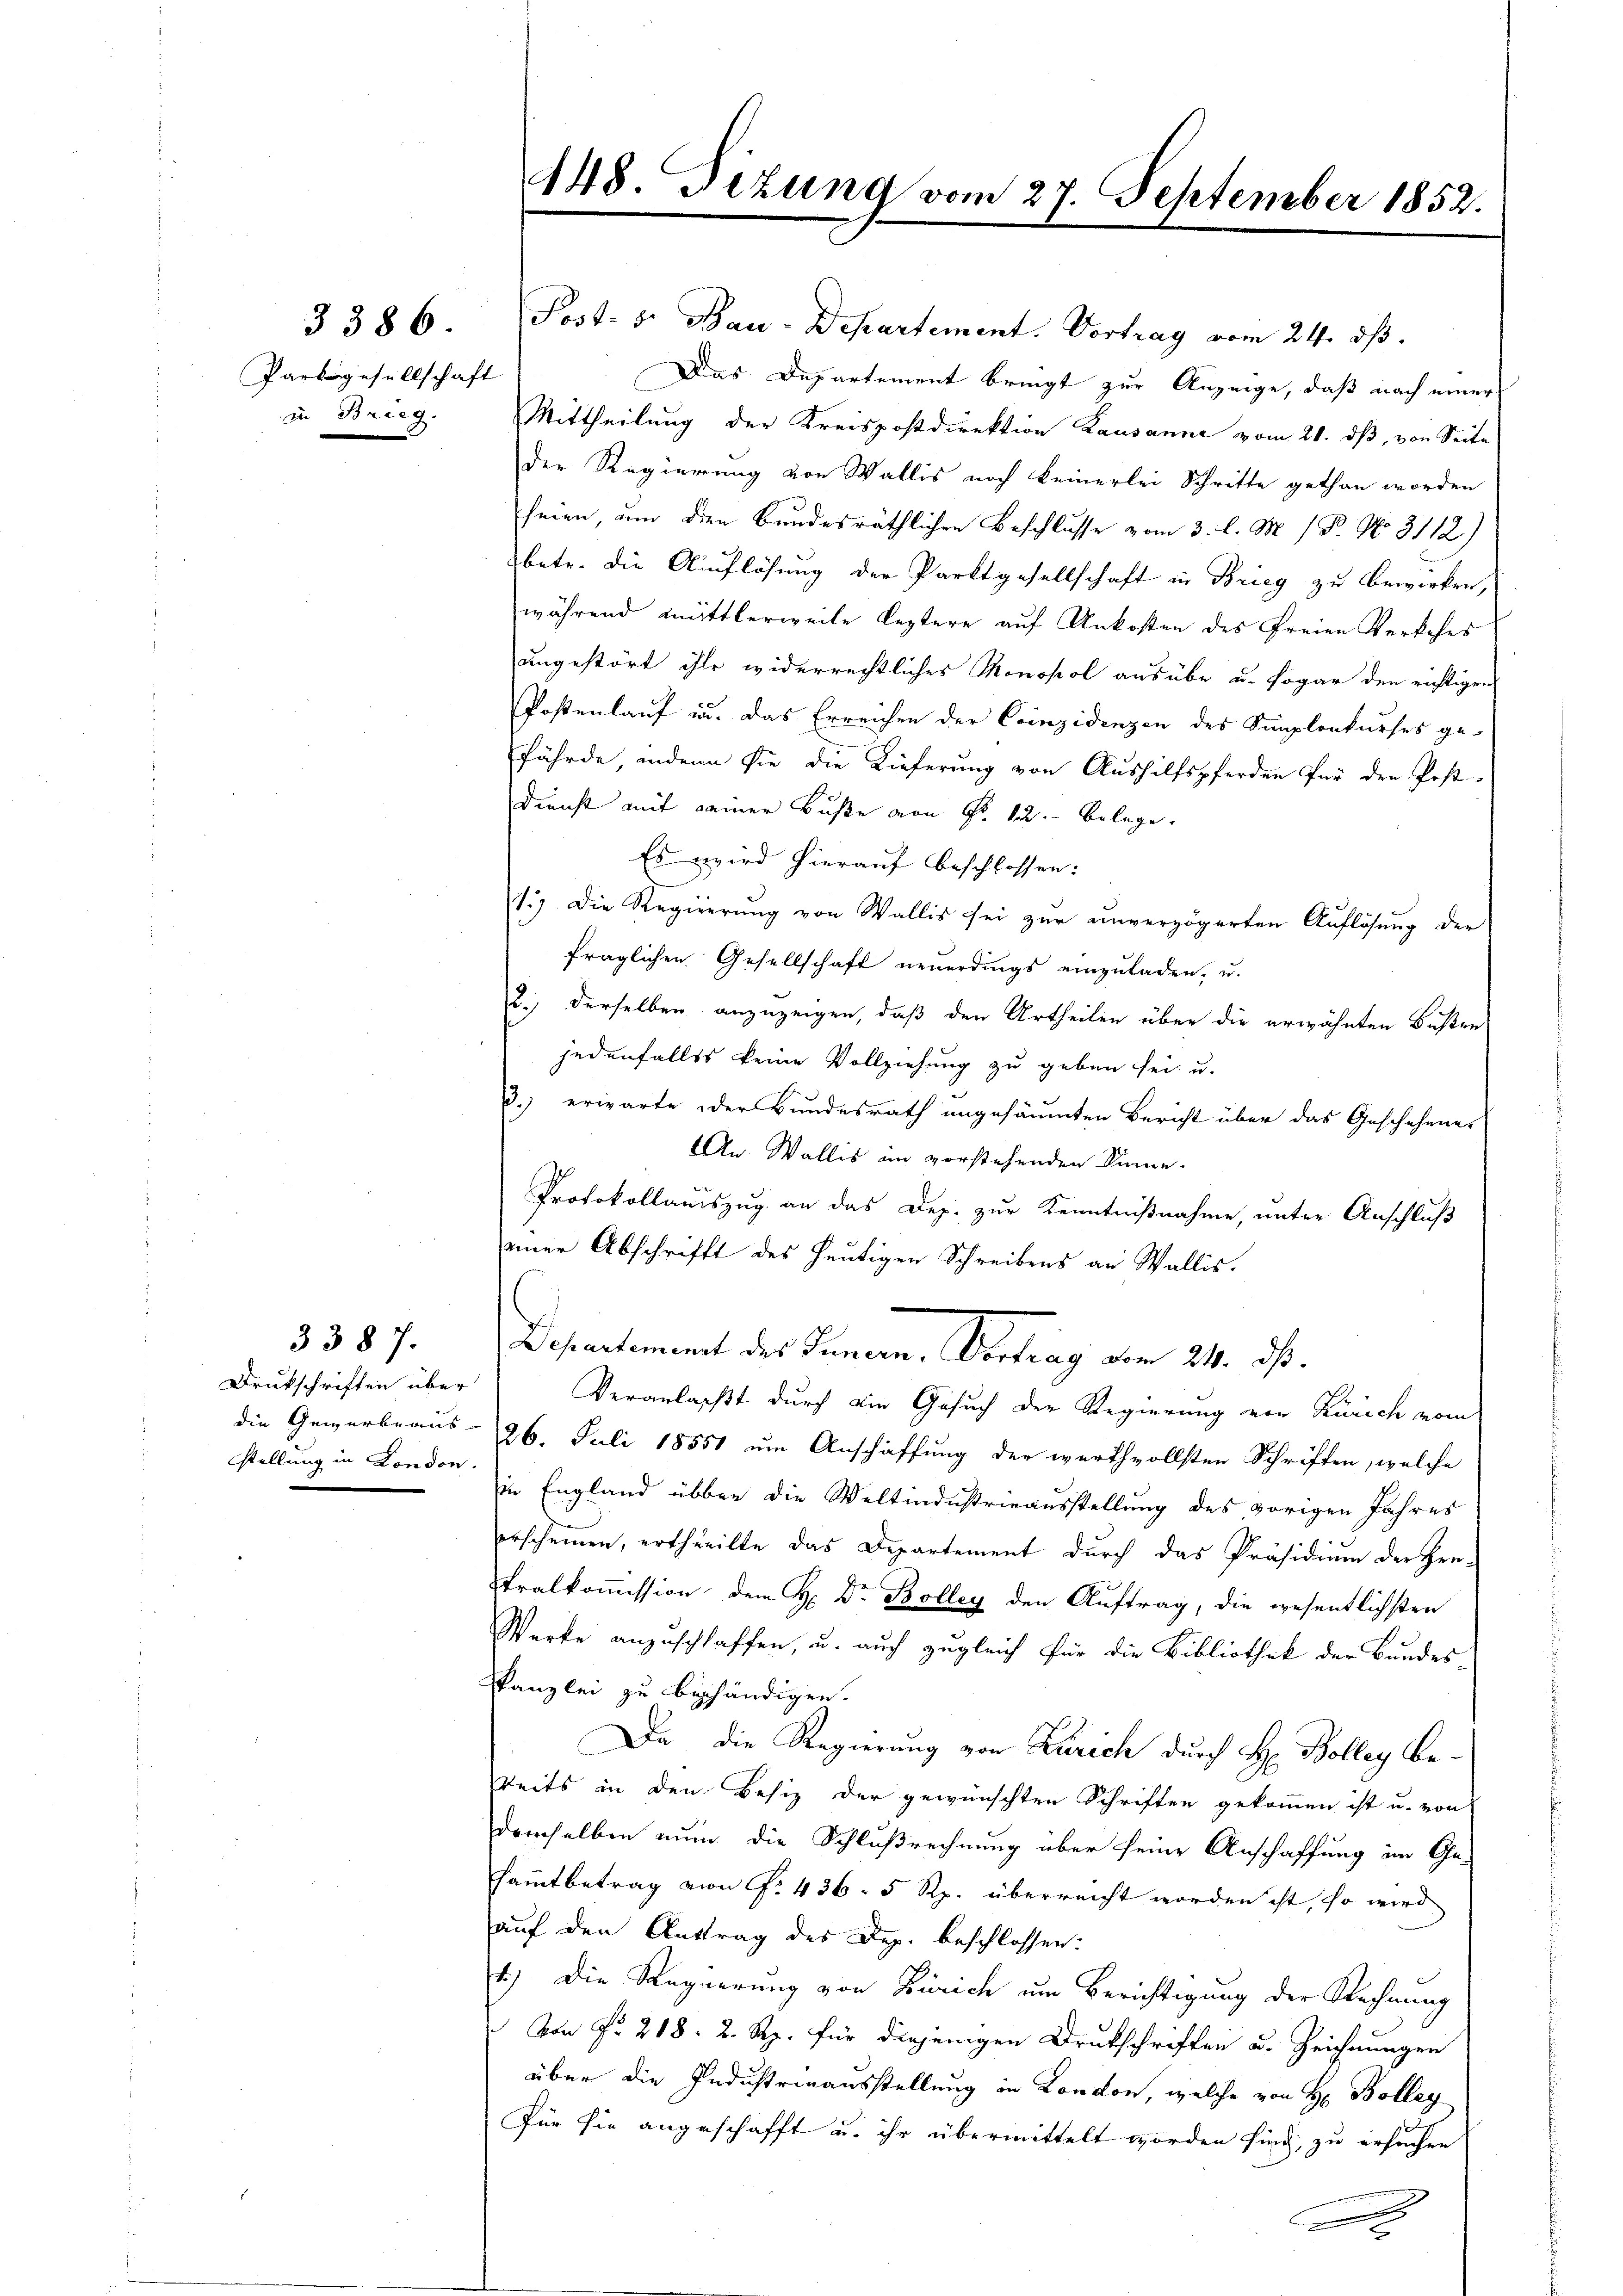
3386.
Partgesellschaft
in Brieg.

3387.
Drukschriften über
stellung in London

448. Sizung vom 27. September 1852.

Post- & Bau-Departement. Vortrag vom 24. dβ.
Das Departement bringt zur Anzeige, daß nach einer
Mittheilung der Kreispostdirektion Lausanne vom 21. ds, von Seite
der Regierung von Wallis noch keinerlei Schritte gethan worden
seien, um den Bundesräthlichen Beschlusse vom 3. l. M. P. No. 3112)
betr. die Auflösung der Parktgesellschaft in Brieg zu bewirken,
während mittlerweile leztere auf Unkosten des Freien Verkehrs
ungestört ihre widerrechtliches Monopol ausübe u. sogar den richtigen
Postenlauf in. Das Erreichen der Considenzen des Simplonkurses ge-
fährde, inden sie die Lieferung von Aushilfspferden für den Post-
Dienst mit seiner Buße von Fr. 12. belege.
Es wird hierauf beschlossen:
1.) Die Regierung von Wallis sei zur unverzögerten Auflösung der
fraglichen Gesellschaft neuerdings einzuladen, u.
2.) derselben anzuzeigen, daß den Urtheilen über die erwähnten Büsten
jedenfalls keine Vollziehung zu geben sei, u.
3.) erwarte der Bundesrath angesäumten Bericht über das Geschehenes
An Wallis in vorstehenden Sinne
Protokollauszug an das Dep. zur Kenntnißnahme, unter Anschluß
einer Abschrifft des heutigen Schreibens an Wallis.
Departement des Innern, Vortrag vom 24. ds.
Veranlasst durch die Gesuch der Regierung von Zürich vom
die Gewerbeaus 26. Juli 18551 um Anschaffung der werthvollsten Schriften, welche
in England über die Weltindustrieausstellung des vorigen Jahres
erscheinen, ertheilte das Departement durch das Präsidium der Zeu-
tralkommission dem H. Dr Bolley den Auftrag, die wesentlichsten
Werke anzuschlaffen, u. auch zugleich für die Bibliothek der Bundes
Panzlei zu beschändigen.
Da die Regierung von Zürich durch H. Bolleg be-
eits in den Besiz der gewünschten Schriften gekommen ist u. von
demselben nun die Schlußrechnung über seine Anschaffung im Ge-
samtbetrag von f. 436. 5 Rp. überreicht worden ist, so wird
auf den Antrag des Dez. beschlossen:
1.) Die Regierung von Zürich um Berichtigung der Rechnung
 von Fr. 218, 2. Rp. für diejenigen Drukschriften u. Zeichnungen
über die Industrinausstellung in London, welche von H. Bolleg
Für sie angeschafft u. ihr übermittelt worden sind, zu ersuchen
A

x